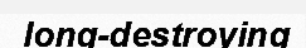
long-destroying